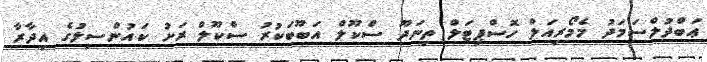
ޢަބްދުލްސަމަދު މެމޯރިއަލް ހޮސްޕިޓަލް ތިނަދޫ ސްކޫލް އަބޫބަކުރު ސްކޫލް ރަށު ކައުންސިލުގެ އިދާރާ